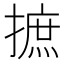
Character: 摭